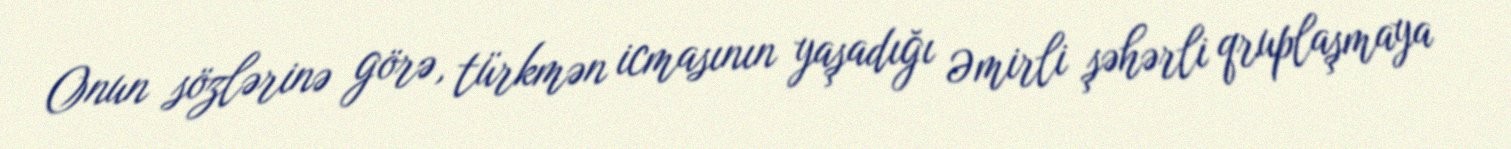
Onun sözlərinə görə, türkmən icmasının yaşadığı Əmirli şəhərli qruplaşmaya